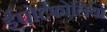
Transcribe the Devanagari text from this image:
ईपोर्टफोलियो